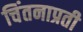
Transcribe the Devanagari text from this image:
चिंतनाप्रती